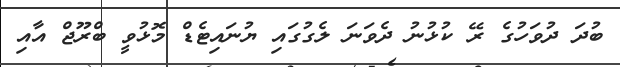
ބުދަ ދުވަހުގެ ރޭ ކުޅުނު ދެވަނަ ލެގުގައި ޔުނައިޓެޑް މޮޅުވީ ބްރޫޖް އާއި